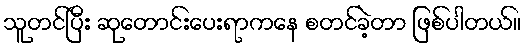
သူတင်ပြီး ဆုတောင်းပေးရာကနေ စတင်ခဲ့တာ ဖြစ်ပါတယ်။